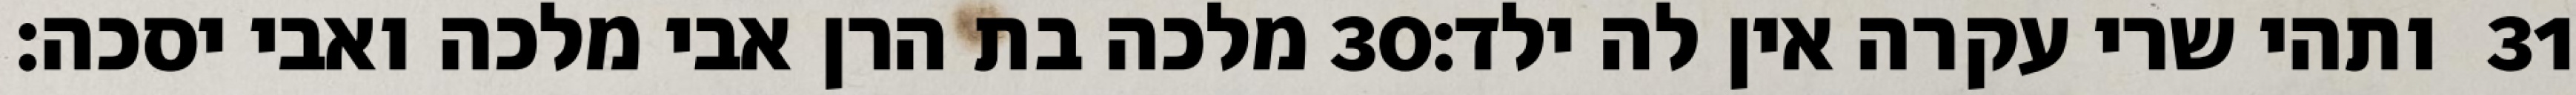
מלכה בת הרן אבי מלכה ואבי יסכה׃ ‎30‏ ותהי שרי עקרה אין לה ילד׃ ‎31‏